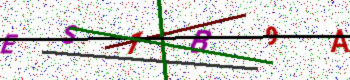
Text: ES1B9A